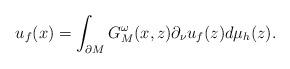
LaTeX: \begin{align*}u_f(x) &= \int_{\partial M} G^\omega_M(x,z) \partial_\nu u_f(z) d\mu_h(z).\end{align*}